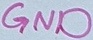
Text: GND